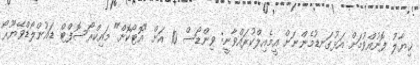
ޚިޔާލު ފޮނުއްވުމަށް އަޅުގަނޑުމެންނަށް އީމެއިލްކުރައްވާނީ: ވިންޑޯސް 10 އަށް "އޮޓޯކޮށް" މައިކްރޯސޮފްޓް ޑައުންލޯޑްވޭޔޫރޯ